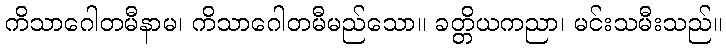
ကိသာဂေါတမီနာမ၊ ကိသာဂေါတမီမည်သော။ ခတ္တိယကညာ၊ မင်းသမီးသည်။